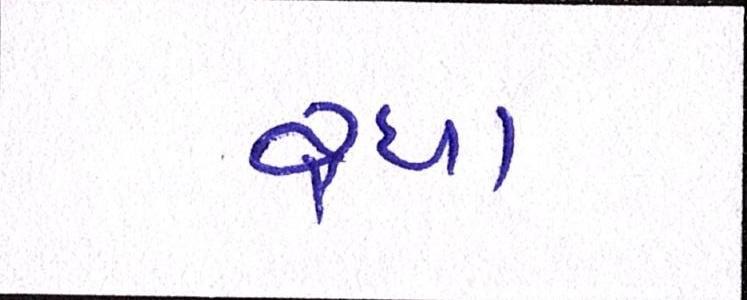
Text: રહ્યા